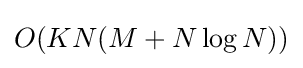
O(KN(M+N\log N))